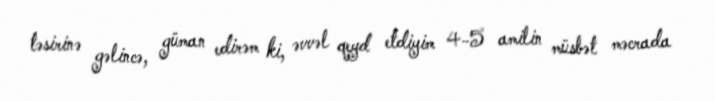
təsirinə gəlincə, güman edirəm ki, əvvəl qeyd etdiyim 4-5 amilin müsbət məcrada